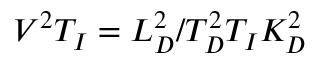
V ^ { 2 } T _ { I } = L _ { D } ^ { 2 } / T _ { D } ^ { 2 } T _ { I } K _ { D } ^ { 2 }